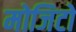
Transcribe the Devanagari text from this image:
मोजिटो